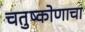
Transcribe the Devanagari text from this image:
चतुष्कोणाचा